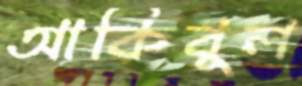
আকিবুল